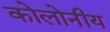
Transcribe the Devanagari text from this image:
कोलोनीय